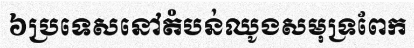
៦ប្រទេសនៅតំបន់ឈូងសមុទ្រពែក